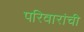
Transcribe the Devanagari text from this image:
परिवारांची